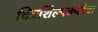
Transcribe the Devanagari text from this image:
चित्रशिल्पकलेचा